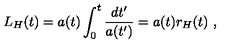
L _ { H } ( t ) = a ( t ) \int _ { 0 } ^ { t } \frac { d t ^ { \prime } } { a ( t ^ { \prime } ) } = a ( t ) r _ { H } ( t ) \ ,